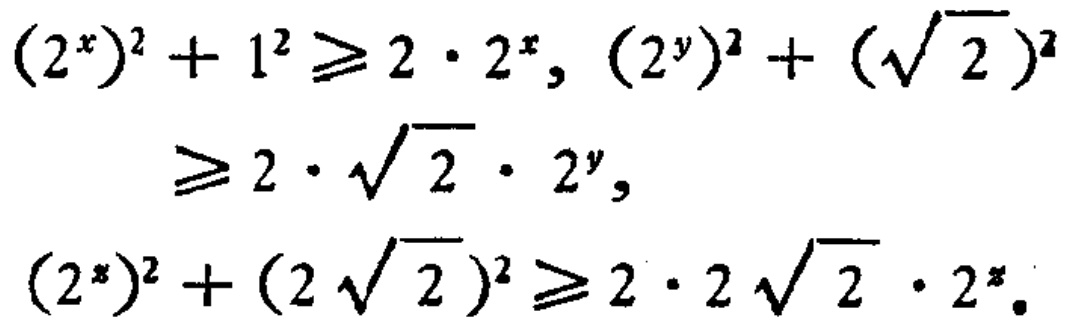
\((2^{x})^{2}+1^{2}\geqslant 2\cdot 2^{x}, (2^{y})^{2}+(\sqrt{2})^{2}\geqslant 2\cdot \sqrt{2}\cdot 2^{y},\\(2^{z})^{2}+(2\sqrt{2})^{2}\geqslant 2\cdot 2\sqrt{2}\cdot 2^{z}.\)